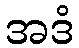
အဒံ